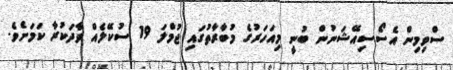
ސްވިމިން އެސޯސިއޭޝަނުން ބުނީ މިއަހަރުގެ މުބާރާތުގައި ޖުމްލަ 19 ސުކޭލެއް ވާދަކުރާ ކަމަށެވެ.